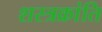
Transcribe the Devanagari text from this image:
शस्त्रक्रांति